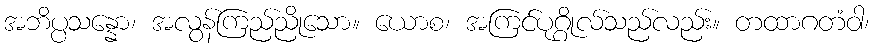
အဘိပ္ပသန္နော၊ အလွန်ကြည်ညိုသော။ ယောစ၊ အကြင်ပုဂ္ဂိုလ်သည်လည်း။ တထာဂတံဝါ၊